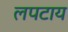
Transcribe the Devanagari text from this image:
लपटाय